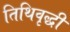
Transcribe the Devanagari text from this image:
तिथिवृद्धी